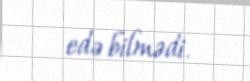
edə bilmədi.